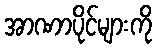
အာဏာပိုင်များကို